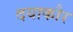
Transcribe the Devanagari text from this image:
दयाकौर